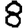
Digit: 8